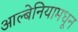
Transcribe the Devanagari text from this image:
आल्बेनियामधून